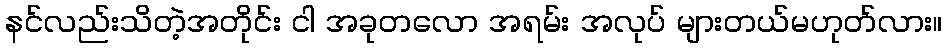
နင်လည်းသိတဲ့အတိုင်း ငါ အခုတလော အရမ်း အလုပ် များတယ်မဟုတ်လား။